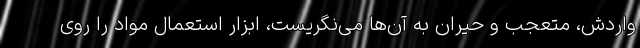
واردش، متعجب و حیران به آن‌ها می‌نگریست، ابزار استعمال مواد را روی